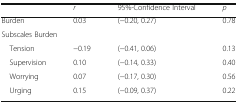
<table><thead><tr><td>[EMPTY_CELL]</td><td><b><i>r</i></b></td><td><b>95%-Confidence Interval</b></td><td><b><i>p</i></b></td></tr></thead><tbody><tr><td>Burden</td><td>0.03</td><td>(−0.20, 0.27)</td><td>0.78</td></tr><tr><td colspan="4">Subscales Burden</td></tr><tr><td> Tension</td><td>−0.19</td><td>(−0.41, 0.06)</td><td>0.13</td></tr><tr><td> Supervision</td><td>0.10</td><td>(−0.14, 0.33)</td><td>0.40</td></tr><tr><td> Worrying</td><td>0.07</td><td>(−0.17, 0.30)</td><td>0.56</td></tr><tr><td> Urging</td><td>0.15</td><td>(−0.09, 0.37)</td><td>0.22</td></tr></tbody></table>